Report on sanitation, dispensaries, and jails in Rajputana for 1919, and on vaccination for the year 1919-1920 - 1919-1920
Year: 1919
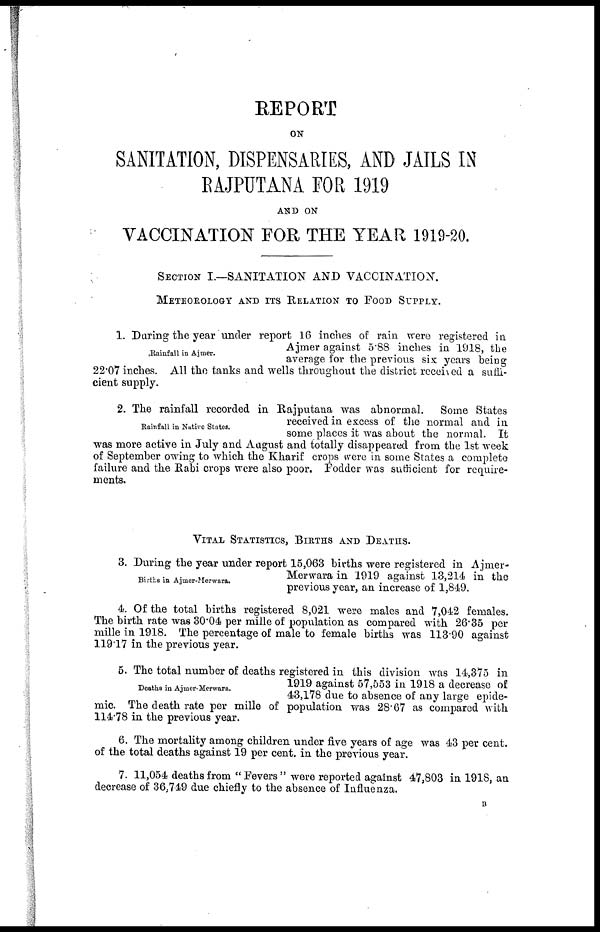
REPORT
ON
SANITATION, DISPENSARIES, AND JAILS IN
RAJPUTANA FOR 1919
AND ON
VACCINATION FOR THE YEAR 1919-20.
VITAL STATISTICS, BIRTHS AND DEATHS.
Births in Ajmer-Merwara.
3. During the year under report 15,063 births were registered in Ajmer¬
Merwara in 1919 against 13,214 in the
previous year, an increase of 1,849.
4. Of the total births registered 8,021 were males and 7,042 females.
The birth rate was 30.04 per mille of population as compared with 26.35 per
mille in 1918. The percentage of male to female births was 113.90 against
119.17 in the previous year.
Deaths in Ajmer-Merwara.
5. The total number of deaths registered in this division was 14,375 in
1919 against 57,553 in 1918 a decrease of
43,178 due to absence of any large epide-
mic. The death rate per mille of population was 28.67 as compared with
114.78 in the previous year.
6. The mortality among children under five years of age was 43 per cent.
of the total deaths against 19 per cent, in the previous year.
7. 11,054 deaths from "Fevers" were reported against 47,803 in 1918, an
decrease of 36,749 due chiefly to the absence of Influenza.
B